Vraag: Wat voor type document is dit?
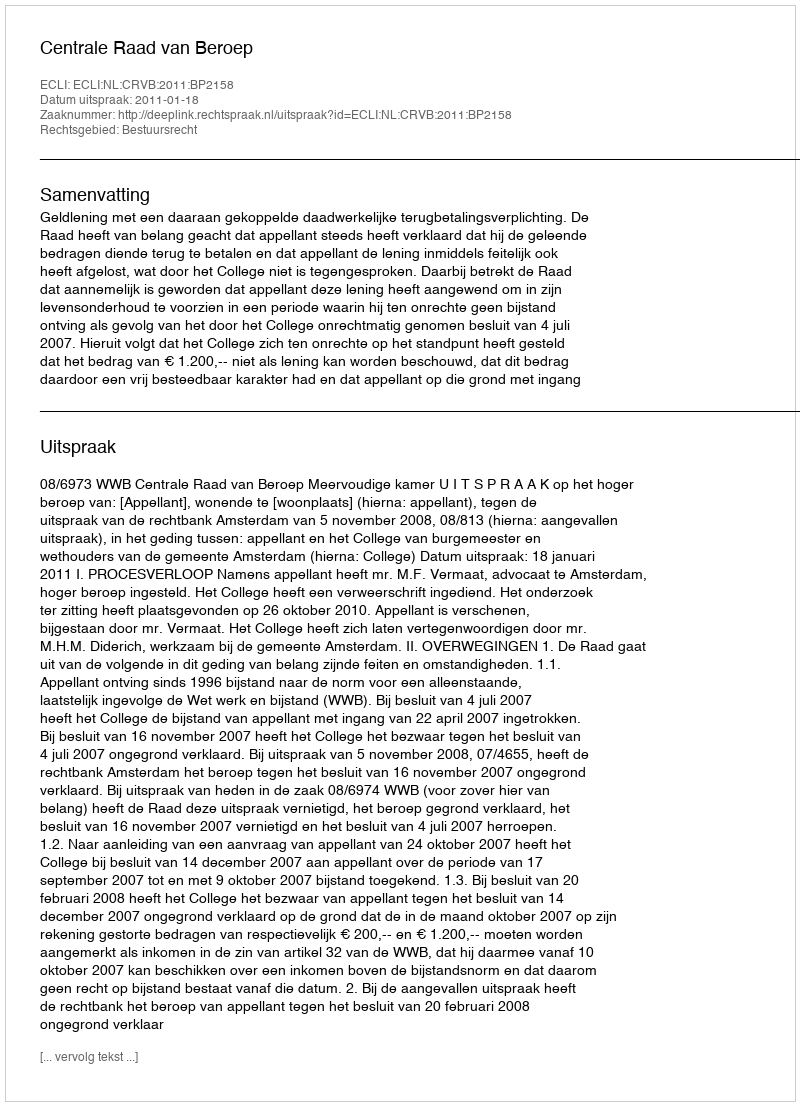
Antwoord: Uitspraak